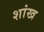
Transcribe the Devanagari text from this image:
शांख